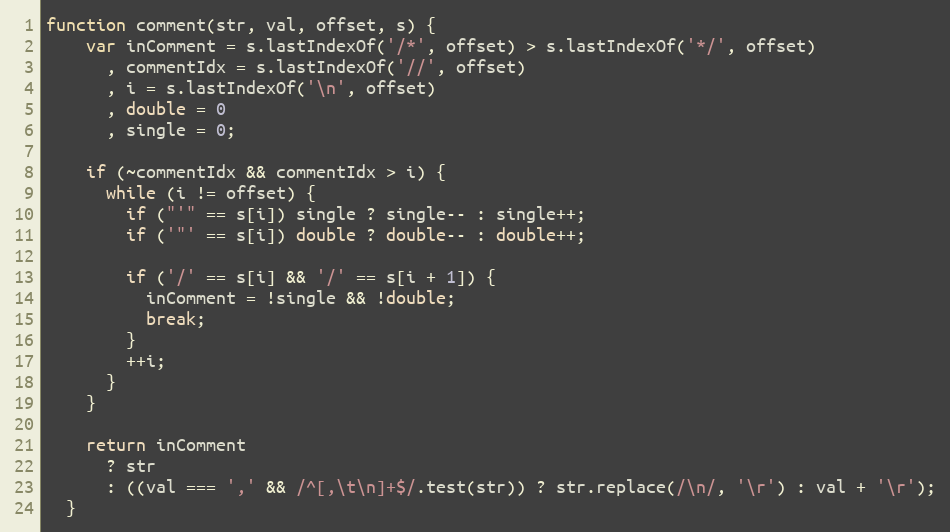
Language: JavaScript
function comment(str, val, offset, s) {
    var inComment = s.lastIndexOf('/*', offset) > s.lastIndexOf('*/', offset)
      , commentIdx = s.lastIndexOf('//', offset)
      , i = s.lastIndexOf('\n', offset)
      , double = 0
      , single = 0;

    if (~commentIdx && commentIdx > i) {
      while (i != offset) {
        if ("'" == s[i]) single ? single-- : single++;
        if ('"' == s[i]) double ? double-- : double++;

        if ('/' == s[i] && '/' == s[i + 1]) {
          inComment = !single && !double;
          break;
        }
        ++i;
      }
    }

    return inComment
      ? str
      : ((val === ',' && /^[,\t\n]+$/.test(str)) ? str.replace(/\n/, '\r') : val + '\r');
  }